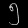
Digit: ၅